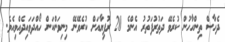
ދެހާސް ތިންހާހުން ކުރެވޭ ދަތުރުފަތުރު އެންމެ 20 ރުފިޔާއަށް ކުރެވޭނޭ މިނިވަންކަން ހޯއްދަވައިދެއްވިއެވެ.